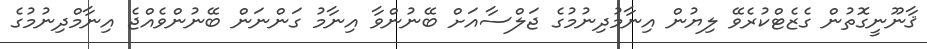
ޤާނޫނީގޮތުން ގެޒެޓްކުރެވޭ ލިޔުން އިނާމުދިނުމުގެ ޖަލްސާއަށް ބޭނުންވާ އިނާމު ގަންނަން ބޭނުންވެއްޖެ އިނާމްދިނުމުގެ